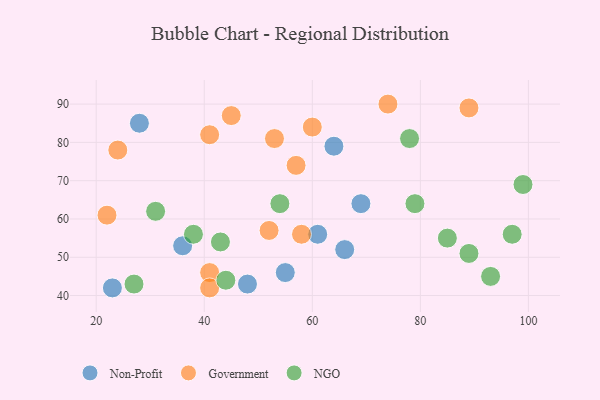
{"axis": {"x": "GDP", "y": "Life Expectancy"}, "legend": ["Government", "NGO", "Non-Profit"], "data": [{"x": "48", "y": 43, "type": "Non-Profit"}, {"x": "36", "y": 53, "type": "Non-Profit"}, {"x": "64", "y": 79, "type": "Non-Profit"}, {"x": "61", "y": 56, "type": "Non-Profit"}, {"x": "66", "y": 52, "type": "Non-Profit"}, {"x": "69", "y": 64, "type": "Non-Profit"}, {"x": "28", "y": 85, "type": "Non-Profit"}, {"x": "23", "y": 42, "type": "Non-Profit"}, {"x": "55", "y": 46, "type": "Non-Profit"}, {"x": "57", "y": 74, "type": "Government"}, {"x": "58", "y": 56, "type": "Government"}, {"x": "45", "y": 87, "type": "Government"}, {"x": "41", "y": 46, "type": "Government"}, {"x": "24", "y": 78, "type": "Government"}, {"x": "89", "y": 89, "type": "Government"}, {"x": "52", "y": 57, "type": "Government"}, {"x": "41", "y": 82, "type": "Government"}, {"x": "74", "y": 90, "type": "Government"}, {"x": "22", "y": 61, "type": "Government"}, {"x": "60", "y": 84, "type": "Government"}, {"x": "53", "y": 81, "type": "Government"}, {"x": "41", "y": 42, "type": "Government"}, {"x": "85", "y": 55, "type": "NGO"}, {"x": "31", "y": 62, "type": "NGO"}, {"x": "78", "y": 81, "type": "NGO"}, {"x": "97", "y": 56, "type": "NGO"}, {"x": "79", "y": 64, "type": "NGO"}, {"x": "44", "y": 44, "type": "NGO"}, {"x": "27", "y": 43, "type": "NGO"}, {"x": "38", "y": 56, "type": "NGO"}, {"x": "99", "y": 69, "type": "NGO"}, {"x": "54", "y": 64, "type": "NGO"}, {"x": "43", "y": 54, "type": "NGO"}, {"x": "93", "y": 45, "type": "NGO"}, {"x": "89", "y": 51, "type": "NGO"}]}